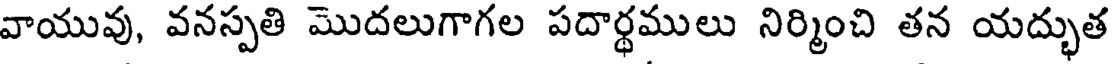
వాయువు, వనస్పతి మొదలుగాగల పదార్థములు నిర్మించి తన యద్భుత